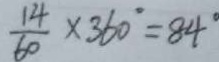
\frac { 1 4 } { 6 0 } \times 3 6 0 ^ { \circ } = 8 4 ^ { \circ }